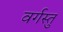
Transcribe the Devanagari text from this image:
वर्गस्तु